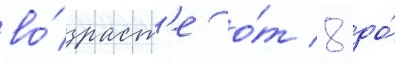
во́зраст'е о́т 8 до́